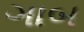
ગાબ